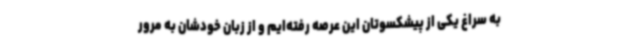
به سراغ یکی از پیشکسوتان این عرصه رفته‌ایم و از زبان خودشان به مرور